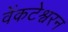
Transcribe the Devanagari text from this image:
वेंकटेश्वरन